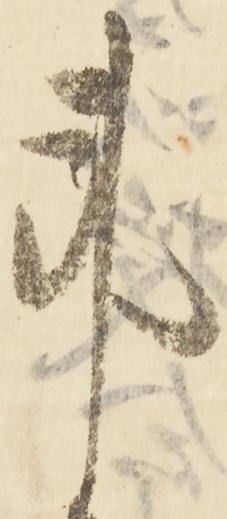
事